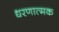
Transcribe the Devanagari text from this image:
धरणात्मक